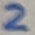
Text: 2